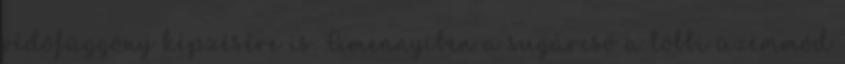
védõfüggöny képzésére is. Amennyiben a sugárcsõ a többi üzemmód